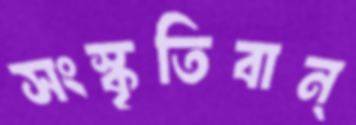
সংস্কৃতিবান্‌